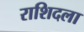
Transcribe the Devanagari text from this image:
राशिदला